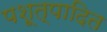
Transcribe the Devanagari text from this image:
पशूत्पादित